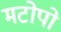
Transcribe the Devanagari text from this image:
मटोपो